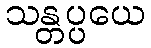
သန္တပ္ပယေ